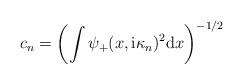
LaTeX: \begin{align*}c_{n}=\left( \int\psi_{+}(x,\mathrm{i}\kappa_{n})^{2}\mathrm{d}x\right)^{-1/2}\end{align*}